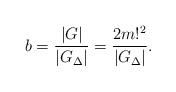
LaTeX: \begin{align*}b=\frac{|G|}{|G_\Delta|}=\frac{2m!^2}{|G_\Delta|}.\end{align*}